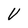
Character: V